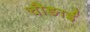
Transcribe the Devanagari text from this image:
चौङाई